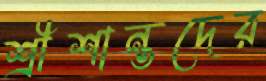
শ্রীশান্তদের